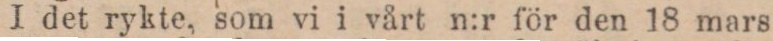
I det rykte, som vi i vårt n:r för den 18 mars